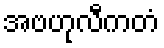
အဗဟုလီကတံ